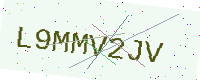
Text: L9MMV2JV